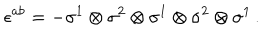
\epsilon ^ { a b } = - \sigma ^ { 1 } \otimes \sigma ^ { 2 } \otimes \sigma ^ { 1 } \otimes \sigma ^ { 2 } \otimes \sigma ^ { 1 } \, .